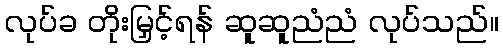
လုပ်ခ တိုးမြှင့်ရန် ဆူဆူညံညံ လုပ်သည်။